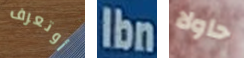
أوتعرف Ibn حاولا